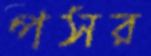
পসর